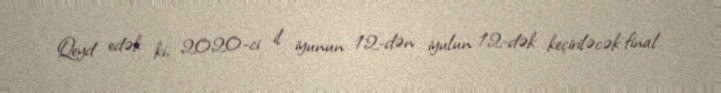
Qeyd edək ki, 2020-ci il iyunun 12-dən iyulun 12-dək keçiriləcək final